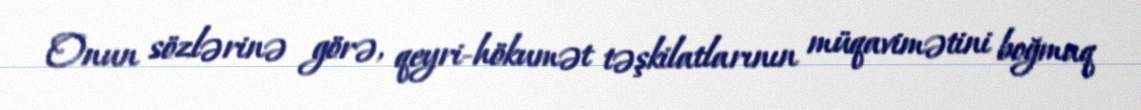
Onun sözlərinə görə, qeyri-hökumət təşkilatlarının müqavimətini boğmaq